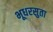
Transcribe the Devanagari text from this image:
भूधरसुता